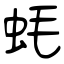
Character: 蚝